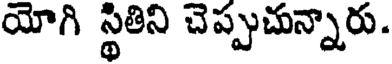
యోగి స్థితిని చెప్పుచున్నారు.